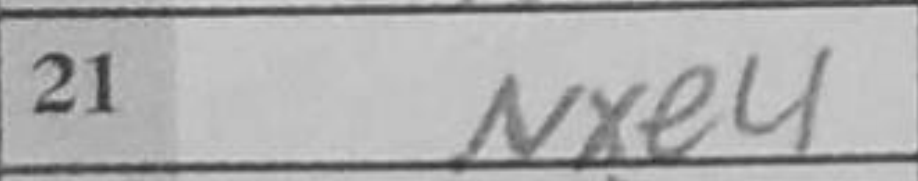
Transcription: Nd2